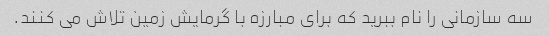
سه سازمانی را نام ببرید که برای مبارزه با گرمایش زمین تلاش می کنند.